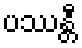
ပဿန္တီ